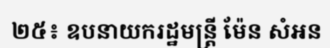
២៥៖ ឧបនាយករដ្ឋមន្ត្រី ម៉ែន សំអន